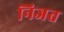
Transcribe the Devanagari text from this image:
निजत